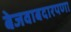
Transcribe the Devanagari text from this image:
बेजवाबदारपणा